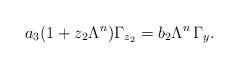
LaTeX: \begin{align*} a_3(1+z_2\Lambda^n)\Gamma_{z_2}=b_2\Lambda^n\,\Gamma_y.\end{align*}